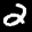
Label: 2